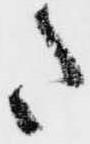
た